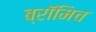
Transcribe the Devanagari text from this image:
ब्रॉमिच